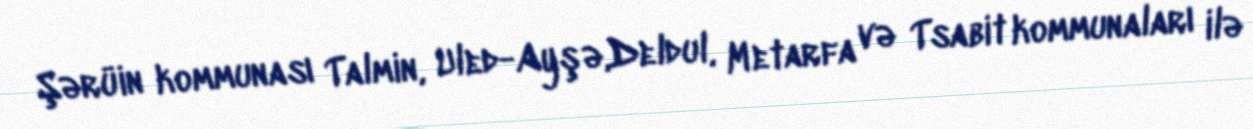
Şərüin kommunası Talmin, Uled-Ayşə,Deldul, Metarfa və Tsabit kommunaları ilə